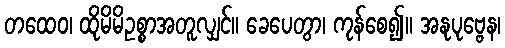
တထေဝ၊ ထိုမိမိဥစ္စာအတူလျှင်။ ခေပေတွာ၊ ကုန်စေ၍။ အနုပုဗ္ဗေန၊